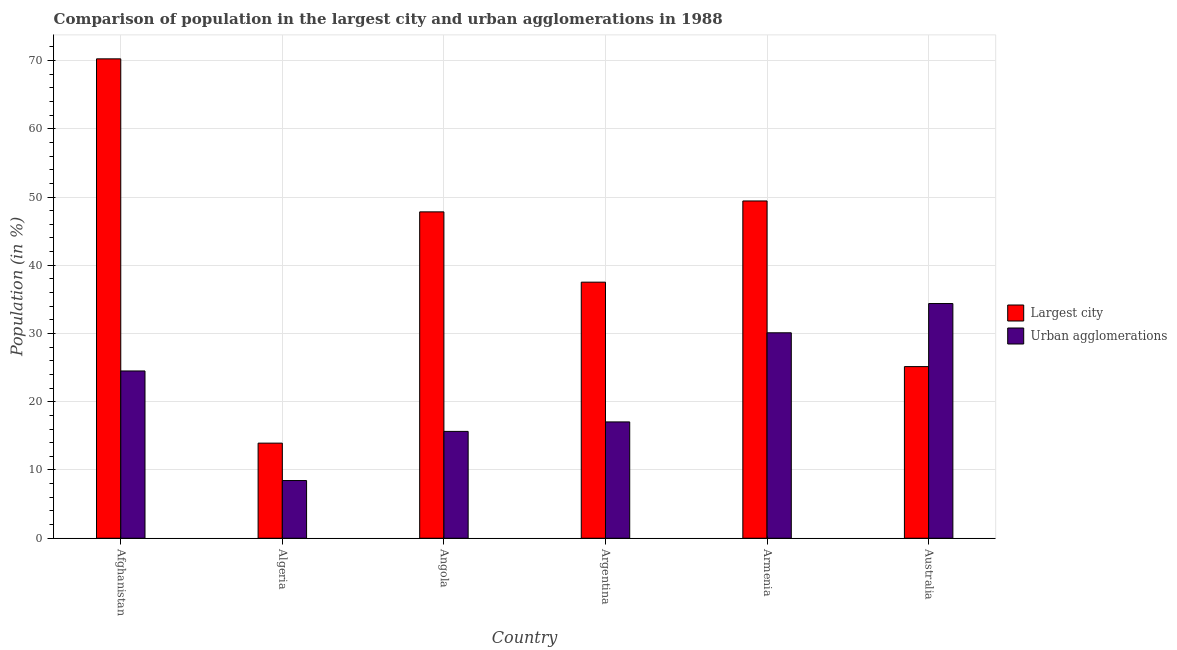
| Country | Largest city | Urban agglomerations |
 | --- | --- | --- |
 | Afghanistan | 70.2 | 24.5 |
 | Algeria | 13.9 | 8.46 |
 | Angola | 47.8 | 15.7 |
 | Argentina | 37.5 | 17 |
 | Armenia | 49.4 | 30.1 |
 | Australia | 25.2 | 34.4 |